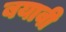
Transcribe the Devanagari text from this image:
बयावी